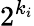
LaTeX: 2^{k_{i}}